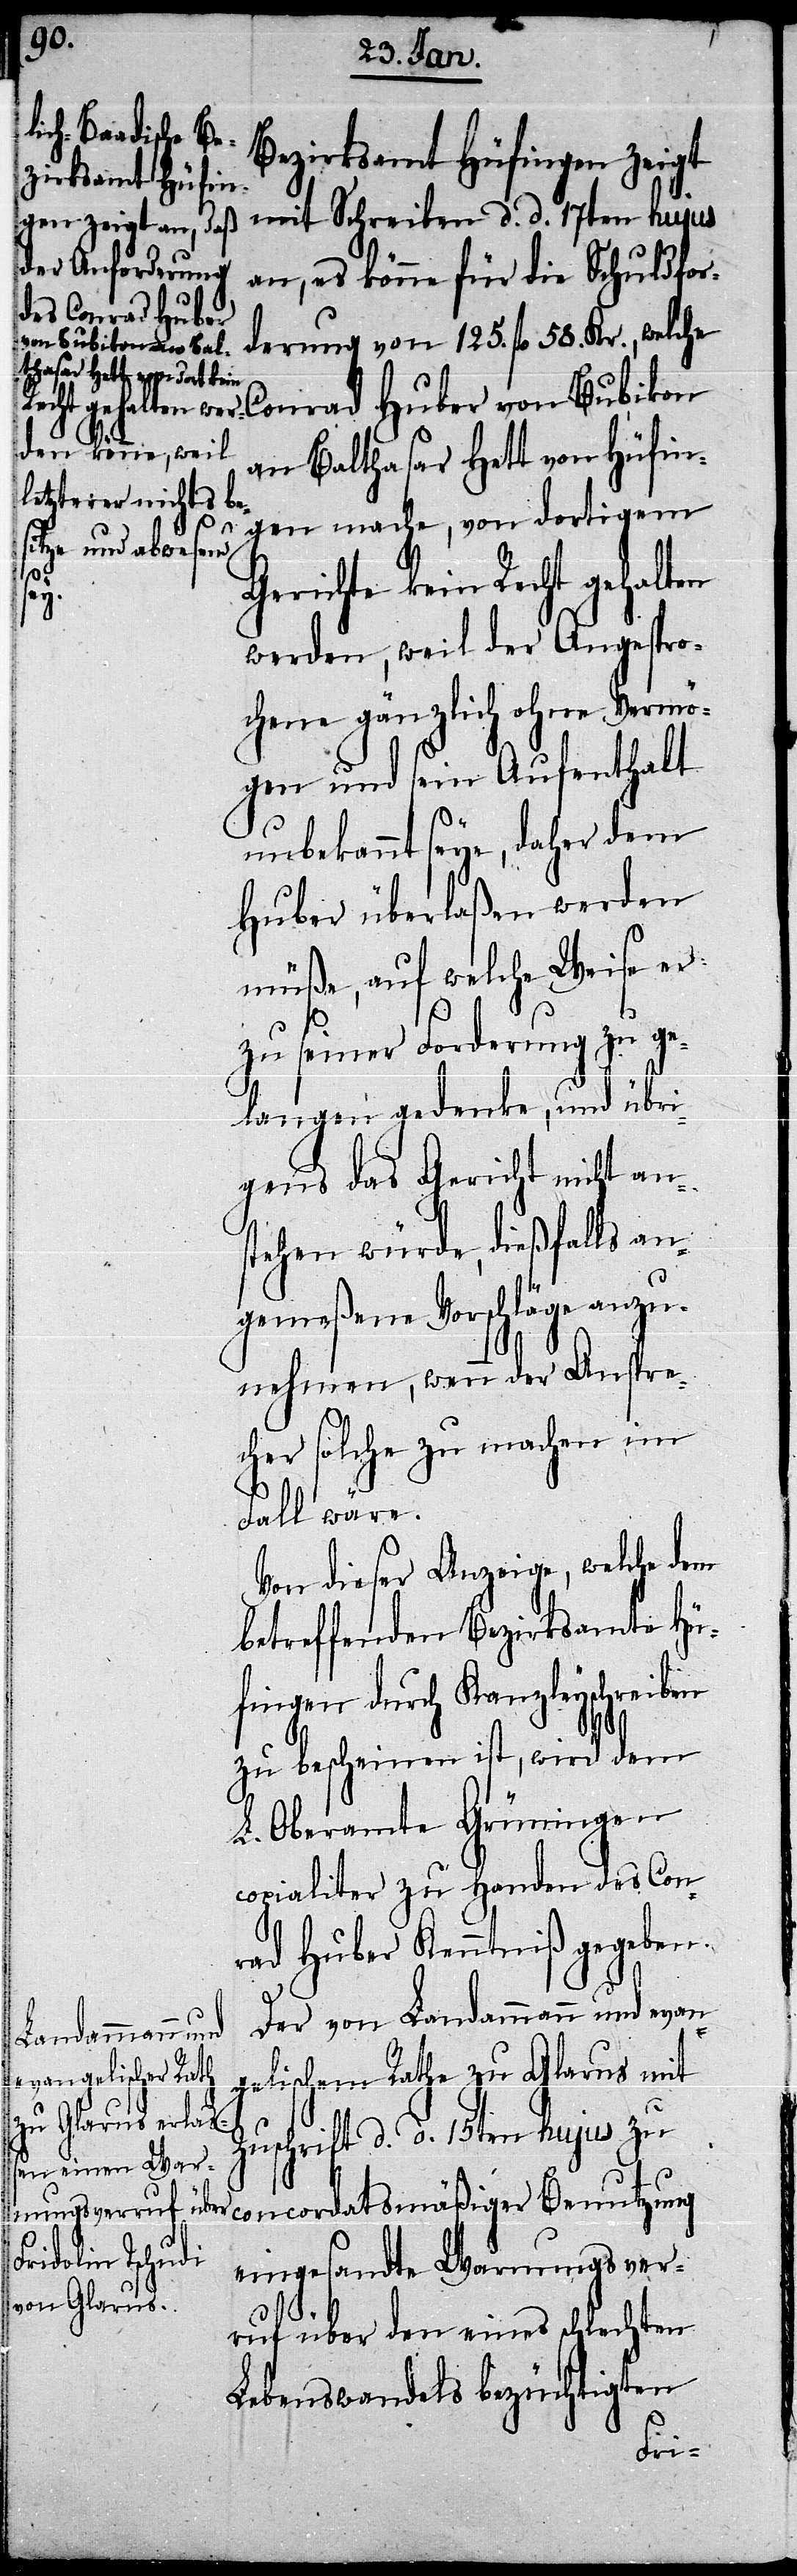
Bezirksamt Hüfingen zeigt
an, es könne für die Schuldfor¬
e Conrad Huber
derung von 125. fl. 58. Kr., welch¬
von Bubikon a¬
n Balthasar Hett von Hüfin¬
gen mache, von dortigem
Gerichte kein Recht gehalten
d.
werden, weil der Angespro¬
chene gänzlich ohne Vermö¬
gen und sein Aufenthalt
unbekannt seye, daher dem
Huber überlaßen werden
müße, auf welche Weise er
zu seiner Forderung zu ge¬
langen gedenke, und übri¬
gens das Gericht nicht an¬
stehen würde, dießfalls an¬
gemeßene Vorschläge anzu¬
nehmen, wenn der Anspre¬
cher solche zu machen im
Fall wäre.
Von dieser Anzeige, welche dem
betreffenden Bezirksamte Hü¬
fingen durch Kanzleyschreiben
zu bescheinen ist, wird dem
L. Oberamte Grüningen
copialiter zu Handen des Con¬
rad Huber Kenntniß gegeben.
Der von Landammann und evan¬
gelischem Rathe zu Glarus mit
Zuschrift d. d. 15ten hujus zu
eingesandte Warnungsver¬
ruf über den eines schlechten
Lebenswandels bezüchtigten